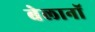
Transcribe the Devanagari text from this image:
बेलानॉ